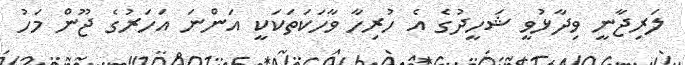
ލަރިޖާނީ ވިދާޅުވީ ޝަހީދުގެ އެ ހުރިހާ ވާހަކަތަކަކީ އަންނަ އަހަރުގެ ޖޫން މަހު